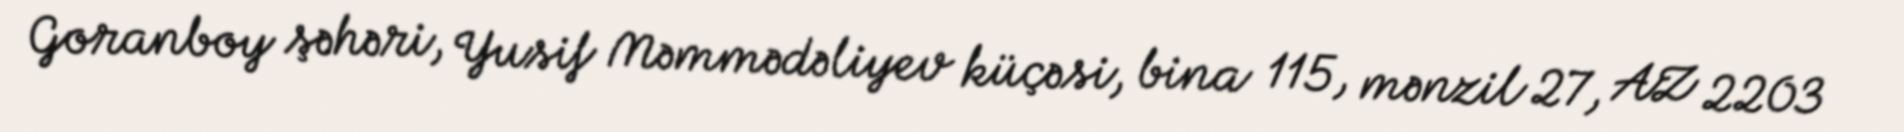
Goranboy şəhəri, Yusif Məmmədəliyev küçəsi, bina 115, mənzil 27, AZ 2203